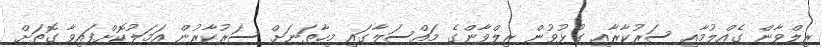
ރިލްވާން ގެއްލުމާއި ސަރުކާރާއި ގުޅުވުން ރިލްވާންގެ މައްސަލާގައި މިހާތަނަށް ސަރުކާރުން އަމަލުކޮށްފައިވާ ގޮތަށް